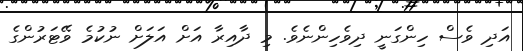
އަދި ވެސް ހިންގަނީ ދިވެހިންނެވެ. މި ދާއިރާ އަށް އަލަށް ނުކުމެ ވޭޓަރުންގެ